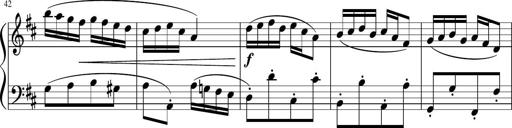
Title: 12 Keyboard Sonatinas
Composer: James Hook